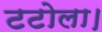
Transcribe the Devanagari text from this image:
टटोला।